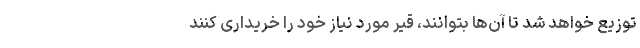
توزیع خواهد شد تا آن‌ها بتوانند، قیر مورد نیاز خود را خریداری کنند